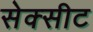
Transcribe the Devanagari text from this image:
सेक्सीट